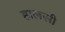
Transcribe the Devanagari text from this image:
हालसी